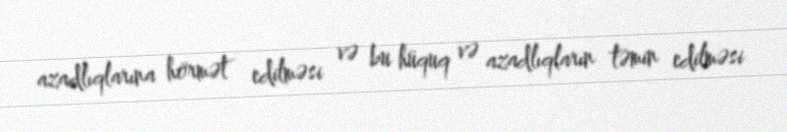
azadlıqlarına hörmət edilməsi və bu hüquq və azadlıqların təmin edilməsi